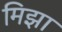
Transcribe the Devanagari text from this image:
मिझा